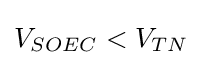
V_{SOEC}<V_{TN}